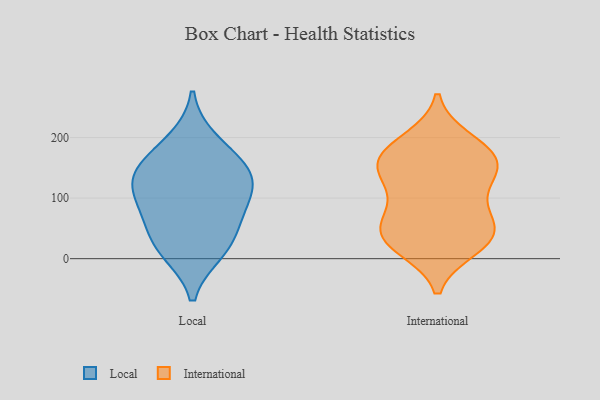
{"axis": {"x": "Website Visitors", "y": "Value"}, "legend": ["International", "Local"], "data": [{"x": "", "y": 141, "type": "Local"}, {"x": "", "y": 195, "type": "Local"}, {"x": "", "y": 50, "type": "Local"}, {"x": "", "y": 154, "type": "Local"}, {"x": "", "y": 144, "type": "Local"}, {"x": "", "y": 101, "type": "Local"}, {"x": "", "y": 113, "type": "Local"}, {"x": "", "y": 19, "type": "Local"}, {"x": "", "y": 78, "type": "Local"}, {"x": "", "y": 12, "type": "Local"}, {"x": "", "y": 157, "type": "International"}, {"x": "", "y": 76, "type": "International"}, {"x": "", "y": 55, "type": "International"}, {"x": "", "y": 40, "type": "International"}, {"x": "", "y": 165, "type": "International"}, {"x": "", "y": 130, "type": "International"}, {"x": "", "y": 197, "type": "International"}, {"x": "", "y": 169, "type": "International"}, {"x": "", "y": 16, "type": "International"}, {"x": "", "y": 17, "type": "International"}, {"x": "", "y": 110, "type": "International"}, {"x": "", "y": 49, "type": "International"}, {"x": "", "y": 151, "type": "International"}, {"x": "", "y": 167, "type": "International"}, {"x": "", "y": 153, "type": "International"}, {"x": "", "y": 60, "type": "International"}, {"x": "", "y": 20, "type": "International"}, {"x": "", "y": 198, "type": "International"}, {"x": "", "y": 44, "type": "International"}, {"x": "", "y": 112, "type": "International"}]}